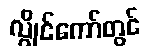
လွိုင်ကော်တွင်